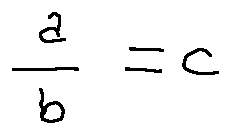
\frac { a } { b } = c